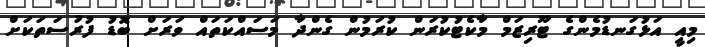
މިއީ އަޅުގަނޑުމެންގެ ޓޫރިޒަމް މާކެޓުކުރަން ކުރަމުން ގެންދާ މަސައްކަތައް ވަރަށް ބޮޑު ފުރުސަތަކަށް